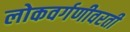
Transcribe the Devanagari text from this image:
लोकवर्गणीवरती